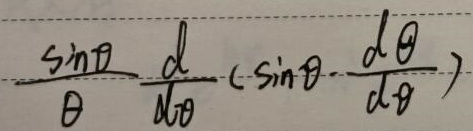
\[
\frac{\sin\theta}{\theta}\frac{d}{d\theta}\left(\sin\theta\frac{d\theta}{d\theta}\right)
\]